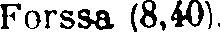
Forssa (8,40).